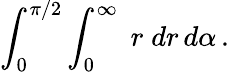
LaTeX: \int_{0}^{\pi/2}\int_{0}^{\infty}\; r\; dr\, d\alpha\, .